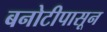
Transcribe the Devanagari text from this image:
बनोटीपासून